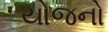
યોજનો